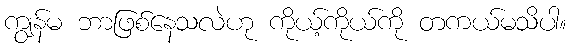
ကျွန်မ ဘာဖြစ်နေသလဲဟု ကိုယ့်ကိုယ်ကို တကယ်မသိပါ။